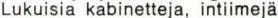
Lukuisia kabinetteja, intiimejä